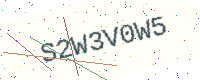
Text: S2W3V0W5